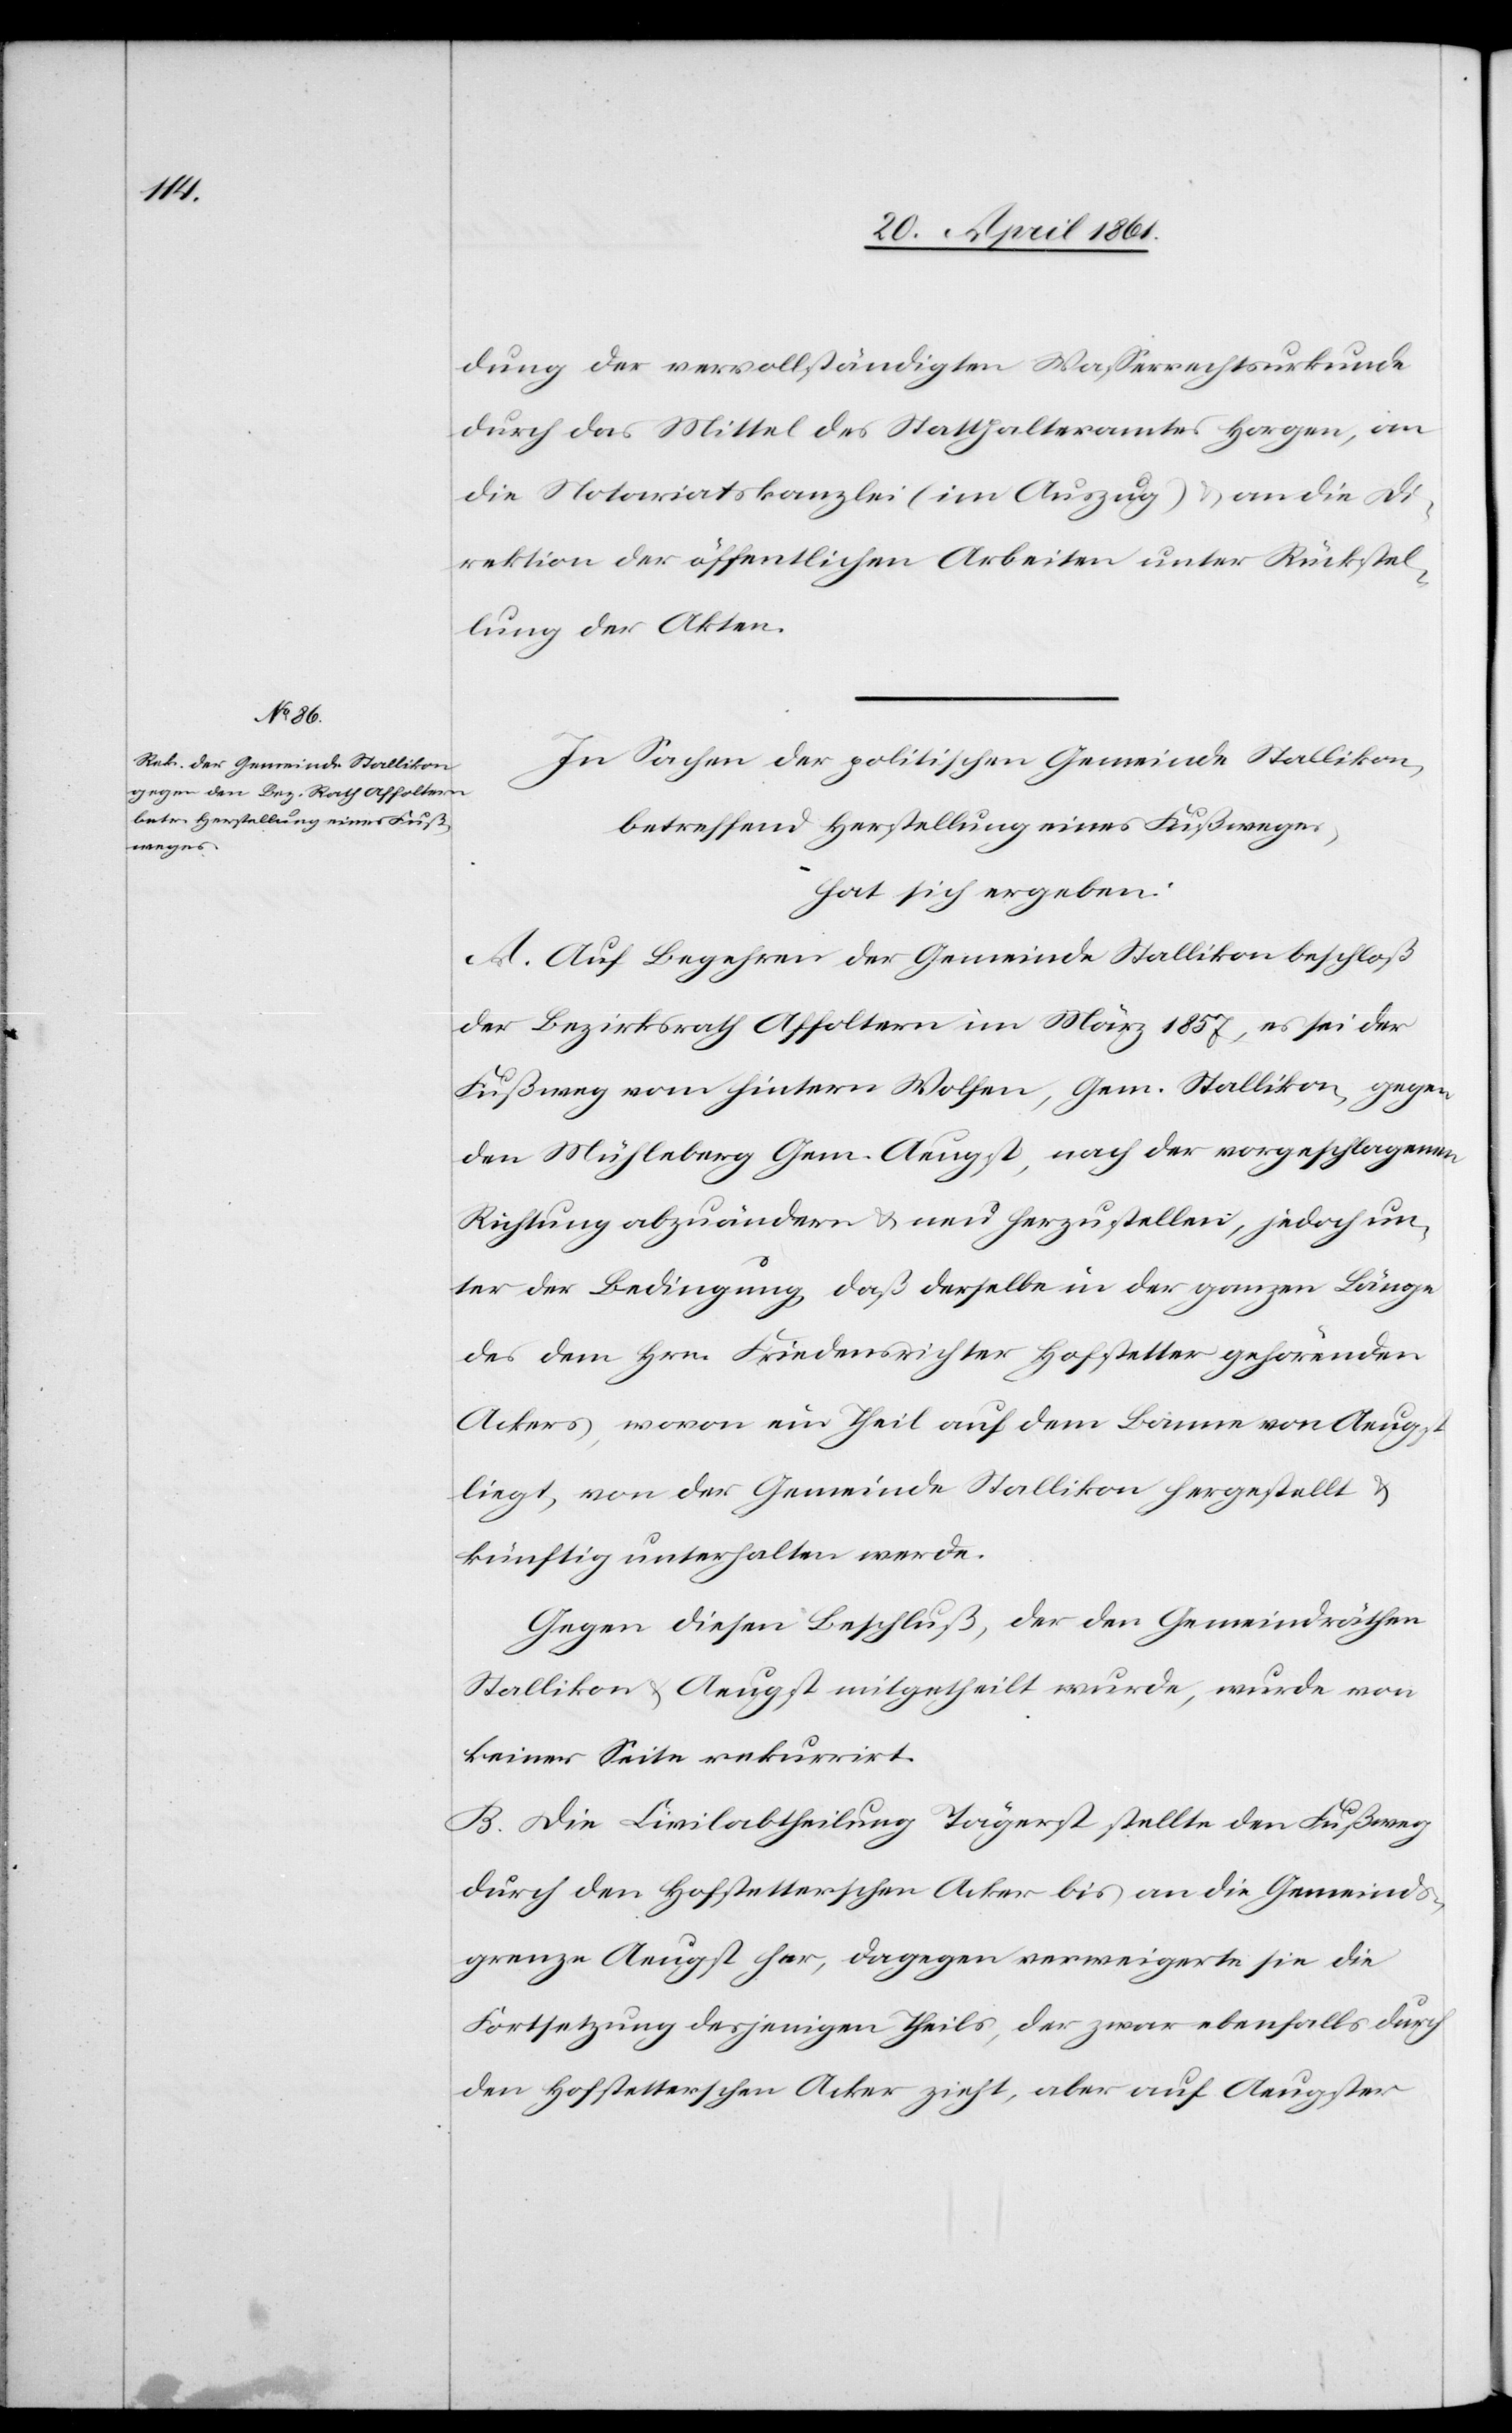
dung der vervollständigten Wasserrechtsurkunde
durch das Mittel des Statthalteramtes Horgen, an
die Notariatskanzlei (im Auszug) u. an die Di¬
rektion der öffentlichen Arbeiten unter Rückstel¬
lung der Akten.
In Sachen der politischen Gemeinde Stallikon,
betreffend Herstellung eines Fußweges,
hat sich ergeben:
A. Auf Begehren der Gemeinde Stallikon beschloß
der Bezirksrath Affoltern im März 1857, es sei der
Fußweg vom hintern Wolfen, Gem. Stallikon, gegen
den Mühleberg Gem. Aeugst, nach der vorgeschlagenen
Richtung abzuändern u. neu herzustellen, jedoch un¬
ter der Bedingung, daß derselbe in der ganzen Länge
des dem Hrn. Friedensrichter Hofstetter gehörenden
Ackers, wovon ein Theil auf dem Banne von Aeugst
liegt, von der Gemeinde Stallikon hergestellt u.
künftig unterhalten werde.
Gegen diesen Beschluß, der den Gemeindräthen
Stallikon u. Aeugst mitgetheilt wurde, wurde von
keiner Seite rekurrirt.
B. Die Civilabtheilung Tägerst stellt den Fußweg
durch den Hofstetterschen Acker bis an die Gemeinds¬
grenze Aeugst her, dagegen verweigerte sie die
Fortsetzung desjenigen Theils, der zwar ebenfalls durch
den Hofstetterschen Acker zieht, aber auf Aeugster